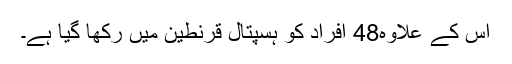
اس کے علاوہ48 اَفراد کو ہسپتال قرنطین میں رکھا گیا ہے۔